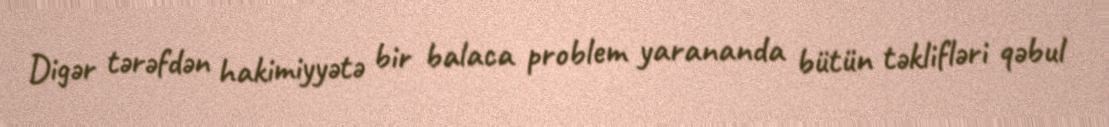
Digər tərəfdən hakimiyyətə bir balaca problem yarananda bütün təklifləri qəbul